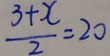
\frac { 3 + x } { 2 } = 2 0